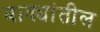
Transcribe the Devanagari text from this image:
वाक्यांतील